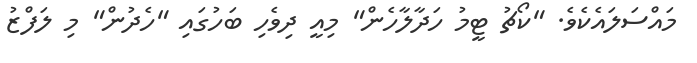
މައްސަލައެކެވެ. "ކޯޗު ޓީމު ހަދާލާހެން" މިއީ ދިވެހި ބަހުގައި "ހެދުން" މި ލަފްޒު